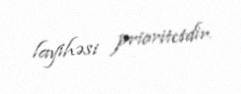
layihəsi prioritetdir.